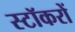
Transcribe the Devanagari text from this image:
स्टॉकरों